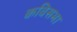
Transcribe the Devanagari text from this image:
कविसभा